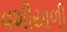
વશીયાળી